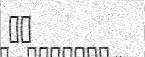
٨١